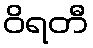
ဝိရတီ